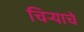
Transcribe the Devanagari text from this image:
चिर्‍याचे